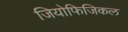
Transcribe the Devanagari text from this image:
जियोफिजिकल